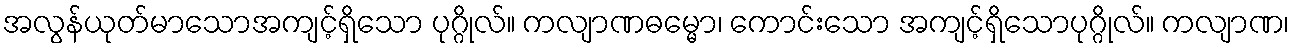
အလွန်ယုတ်မာသောအကျင့်ရှိသော ပုဂ္ဂိုလ်။ ကလျာဏဓမ္မော၊ ကောင်းသော အကျင့်ရှိသောပုဂ္ဂိုလ်။ ကလျာဏ၊